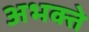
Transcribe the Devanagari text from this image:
अभक्ते